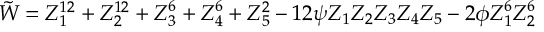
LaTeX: { \tilde { W } } = Z _ { 1 } ^ { 1 2 } + Z _ { 2 } ^ { 1 2 } + Z _ { 3 } ^ { 6 } + Z _ { 4 } ^ { 6 } + Z _ { 5 } ^ { 2 } - 1 2 \psi Z _ { 1 } Z _ { 2 } Z _ { 3 } Z _ { 4 } Z _ { 5 } - 2 \phi Z _ { 1 } ^ { 6 } Z _ { 2 } ^ { 6 }